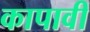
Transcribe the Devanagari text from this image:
कापावी